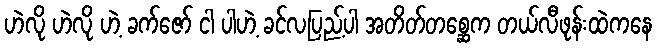
ဟဲလို ဟဲလို ဟဲ့ ခက်ဇော် ငါ ပါဟဲ့ ခင်လပြည့်ပါ အတိတ်တစ္ဆေက တယ်လီဖုန်းထဲကနေ